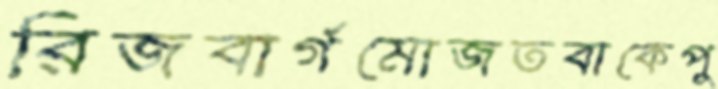
রিজবার্গমোজতবাকেপু